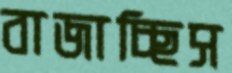
বাজাচ্ছিস